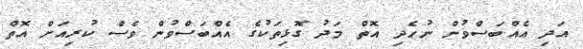
އަދި އެއްބަސްވުން ނުހެދި އޮތް މަދު ގޮޅިތަކުގެ އެއްބަސްވުން ވެސް ކުރިއަށް އޮތް